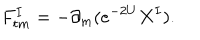
LaTeX: F _ { t m } ^ { I } = - \partial _ { m } ( e ^ { - 2 U } X ^ { I } ) .